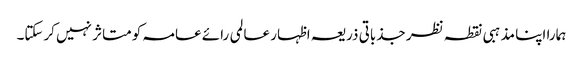
ہمارا اپنا مذہبی نقطہ نظر جذباتی ذریعہ اظہار عالمی رائے عامہ کو متاثر نہیں کرسکتا۔